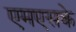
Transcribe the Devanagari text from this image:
एमएसके